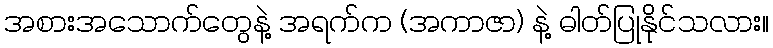
အစားအသောက်တွေနဲ့ အရက်က (အကာဇာ) နဲ့ ဓါတ်ပြုနိုင်သလား။